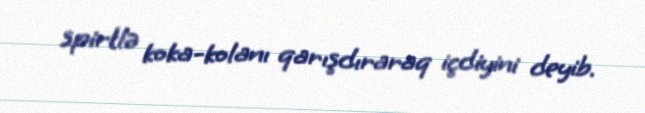
spirtlə koka-kolanı qarışdıraraq içdiyini deyib.